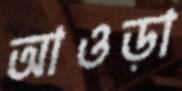
আওড়া